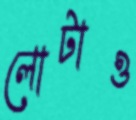
লোটাও